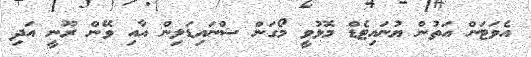
އެވަޓަން އަތުން ޔުނައިޓެޑް މޮޅުވީ މޯގަން ޝްނައިޑަލިން އާއި ވޭން ރޫނީ އަދި